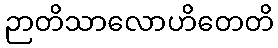
ဉာတိသာလောဟိတေတိ